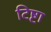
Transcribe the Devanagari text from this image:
टिष्टा